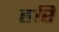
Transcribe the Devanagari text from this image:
हरि